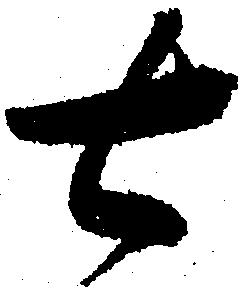
七